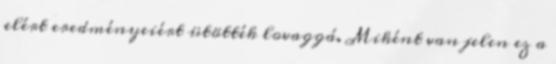
elért eredményeiért ütötték lovaggá. Miként van jelen ez a